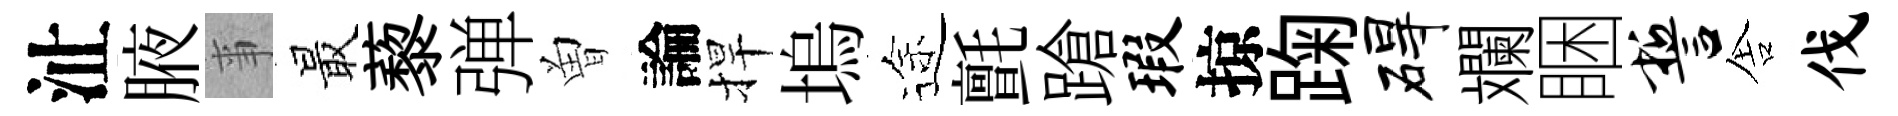
沚腋亊最藜弹曽論捍塢途氈蹌瑕掠踘碍斕睏誓舎伐